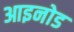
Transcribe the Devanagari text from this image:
आइनोड